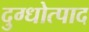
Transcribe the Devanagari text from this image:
दुग्धोत्पाद